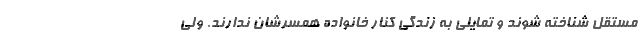
مستقل شناخته شوند و تمایلی به زندگی کنار خانواده همسرشان ندارند. ولی